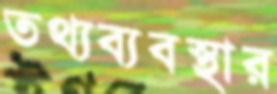
তথ্যব্যবস্থার